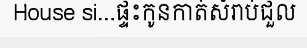
House si...ផ្ទះកូនកាត់សំរាប់ជួល